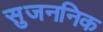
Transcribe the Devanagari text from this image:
सुजननिक